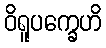
ဝိရူပက္ခေဟိ